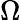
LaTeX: \Omega